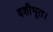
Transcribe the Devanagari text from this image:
वशीभूत।